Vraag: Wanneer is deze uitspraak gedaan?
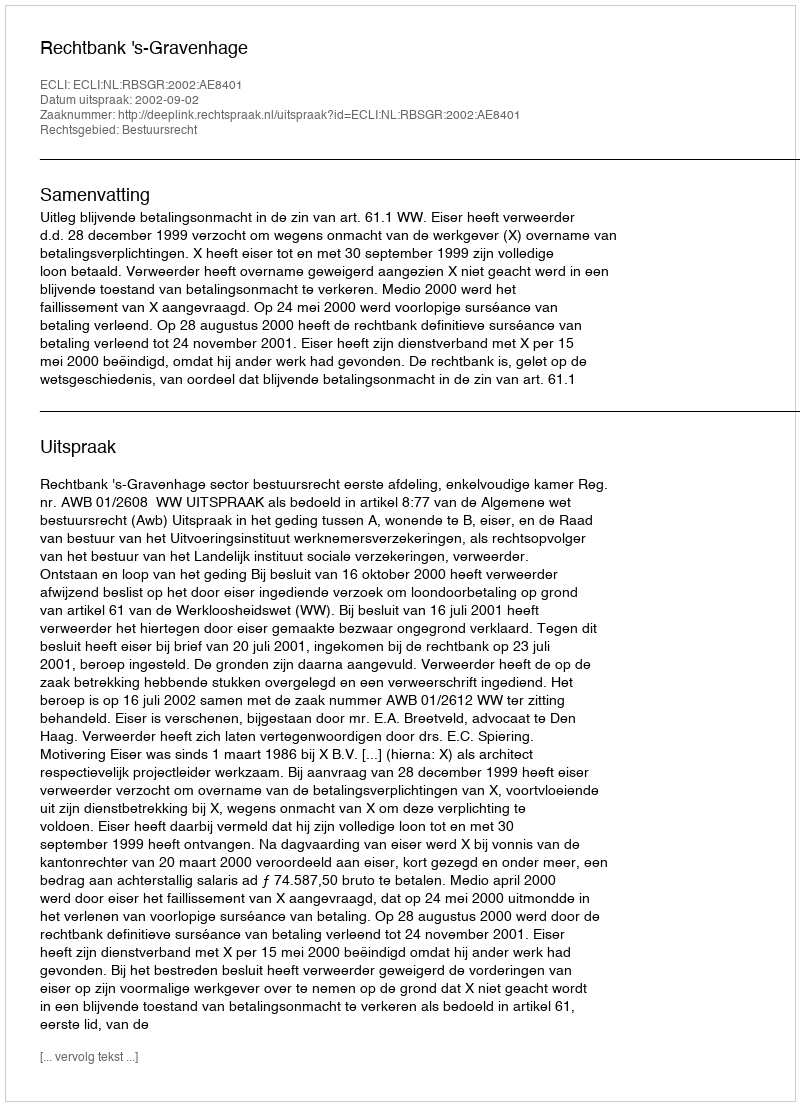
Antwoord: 2002-09-02